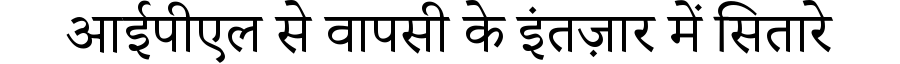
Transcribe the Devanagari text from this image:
आईपीएल से वापसी के इंतज़ार में सितारे